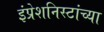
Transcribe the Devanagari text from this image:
इंप्रेशनिस्टांच्या